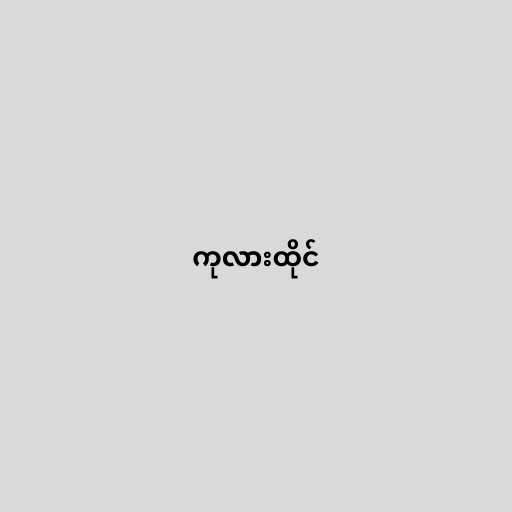
ကုလားထိုင်